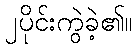
၂ပိုင်းကွဲခဲ့၏။